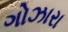
ગોઝારા